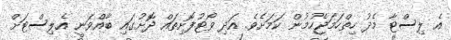
އެ ލިސްޓާ މެދު ހިތްހަމަޖެހުމުން ކަމަށެވެ. އަދި ވޯޓުފޮށިތައް ދޮށުގައި ބާއްވަނީ އެލިސްޓަށް